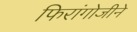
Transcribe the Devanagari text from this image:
फिरांगोजीने